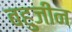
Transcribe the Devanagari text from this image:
बहुजीन